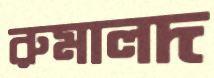
রুমালদ